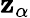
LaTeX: \mathbf{z}_{\alpha}